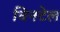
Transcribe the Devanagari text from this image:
विनटेल